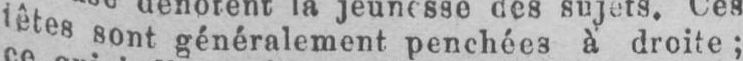
têtes sont généralement penchées à droite;